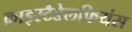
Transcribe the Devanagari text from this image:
क्राइस्टैडेलफियंस